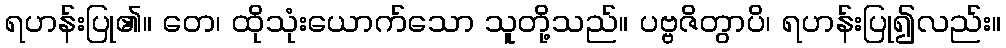
ရဟန်းပြု၏။ တေ၊ ထိုသုံးယောက်သော သူတို့သည်။ ပဗ္ဗဇိတွာပိ၊ ရဟန်းပြု၍လည်း။